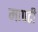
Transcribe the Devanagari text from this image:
मापटी